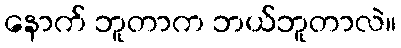
နောက် ဘူတာက ဘယ်ဘူတာလဲ။